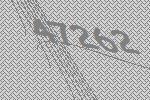
47262